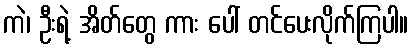
ကဲ၊ ဦးရဲ့ အိတ်တွေ ကား ပေါ် တင်ပေးလိုက်ကြပါ။